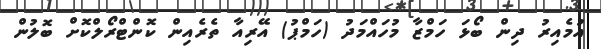
އުމެއިރު ދިން ބޯޅަ ހަމްޒާ މުހައްމަދު (ހަމްޕު) އޭރިއާ ތެރެއިން ކޮންޓްރޯލްކޮށް ބޮލުން